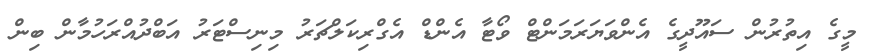
މީގެ އިތުރުން ސައޫދީގެ އެންވަޔަރަމަންޓް ވޯޓާ އެންޑް އެގްރިކަލްޗަރު މިނިސްޓަރު އަބްދުއްރަހުމާން ބިން